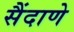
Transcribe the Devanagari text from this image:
सैंदाणे